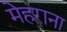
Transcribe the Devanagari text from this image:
मेहराना